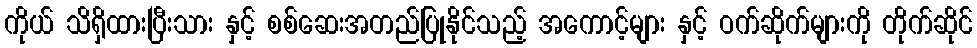
ကိုယ် သိရှိထားပြီးသား နှင့် စစ်ဆေးအတည်ပြုနိုင်သည့် အကောင့်များ နှင့် ဝက်ဆိုက်များကို တိုက်ဆိုင်